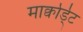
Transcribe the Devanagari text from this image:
मार्क्वार्ड्ट